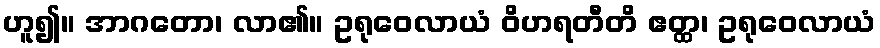
ဟူ၍။ အာဂတော၊ လာ၏။ ဥရုဝေလာယံ ဝိဟရတီတိ ဧတ္ထ၊ ဥရုဝေလာယံ